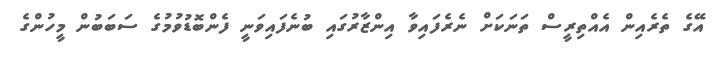
އޭގެ ތެރެއިން އެއްތިރީސް ތަނަކަށް ނެރެފައިވާ އިންޒާރުގައި ބުނެފައިވަނީ ފެންބޮޑުވުމުގެ ސަބަބުން މީހުންގެ